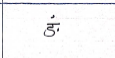
मजकूर: ङं